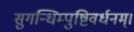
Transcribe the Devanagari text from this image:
सुगन्धिम्पुष्टिवर्धनम्‌।